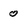
Character: 0